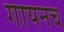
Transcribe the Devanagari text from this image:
गायनच